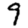
Digit: 9